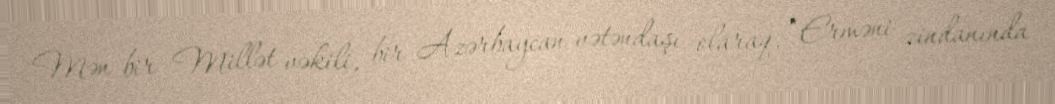
Mən bir Millət vəkili, bir Azərbaycan vətəndaşı olaraq, “Erməni zindanında